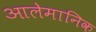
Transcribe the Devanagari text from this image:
आलेमानिक